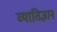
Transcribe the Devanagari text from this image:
व्यातिज्ञान